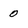
Character: 0